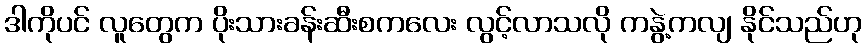
ဒါကိုပင် လူတွေက ပိုးသားခန်းဆီးစကလေး လွင့်လာသလို ကနွဲ့ကလျ နိုင်သည်ဟု